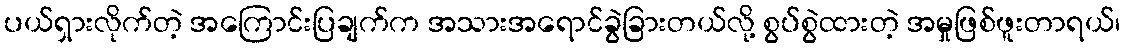
ပယ်ရှားလိုက်တဲ့ အကြောင်းပြချက်က အသားအရောင်ခွဲခြားတယ်လို့ စွပ်စွဲထားတဲ့ အမှုဖြစ်ဖူးတာရယ်၊